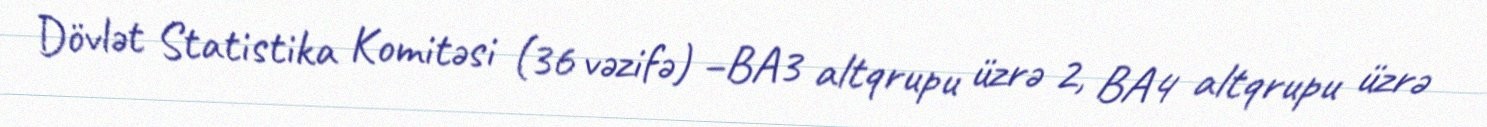
Dövlət Statistika Komitəsi (36 vəzifə) –BA3 altqrupu üzrə 2, BA4 altqrupu üzrə